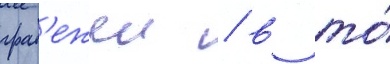
граб'ежеи / в то́